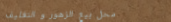
محل بيع الزهور و التغليف